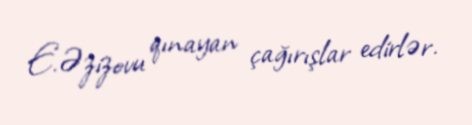
E.Əzizovu qınayan çağırışlar edirlər.